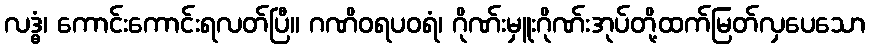
လဒ္ဓံ၊ ကောင်းကောင်းရလတ်ပြီ။ ဂဏိဝရပဝရံ၊ ဂိုဏ်းမှူးဂိုဏ်းအုပ်တို့ထက်မြတ်လှပေသော